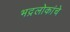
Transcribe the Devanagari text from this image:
भद्रलोकांचे